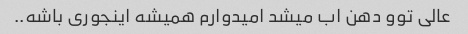
عالی توو دهن اب میشد امیدوارم همیشه اینجوری باشه..